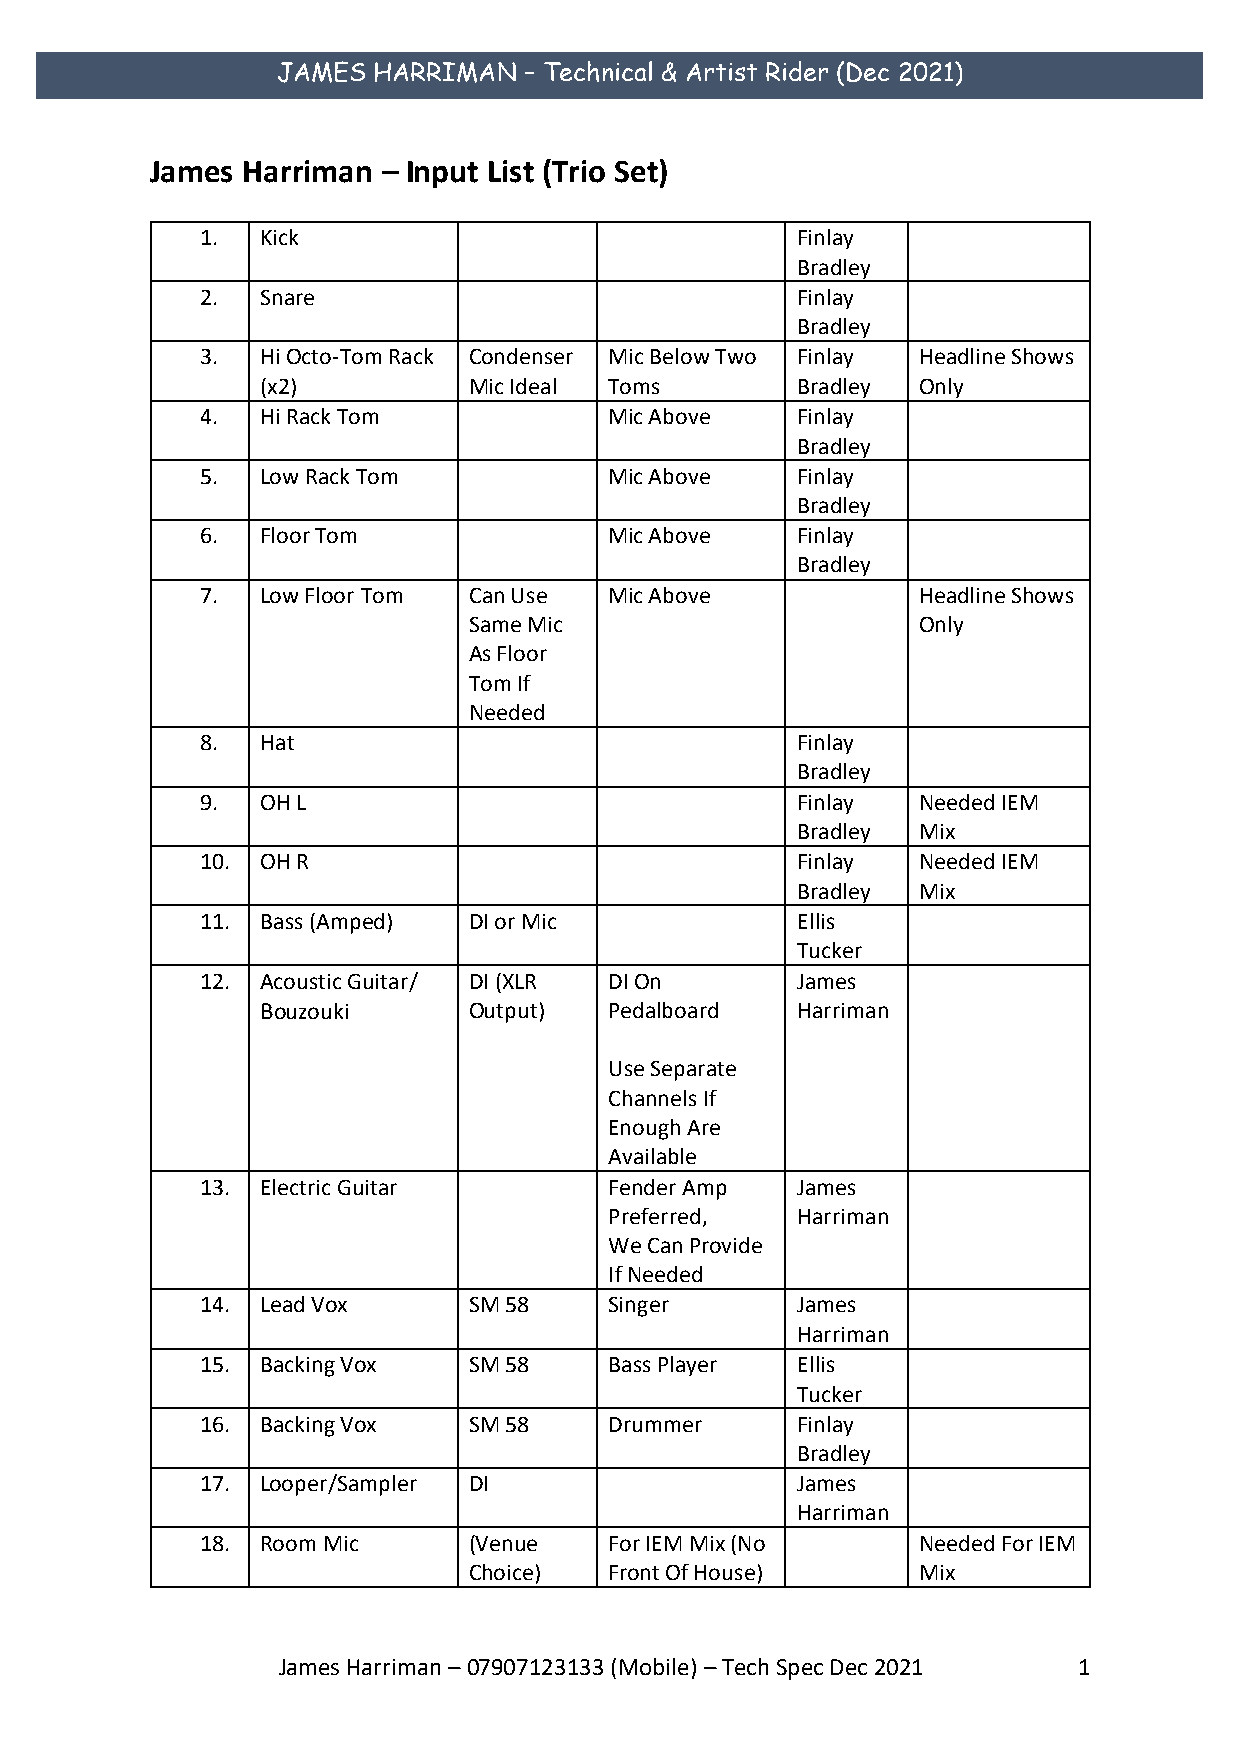
JAMES  HARRIMAN  – Technical & Artist Rider (Dec 2021)
 James Harriman – Input List (Trio Set)
 1.  Kick                                Finlay
 .
 Bradley
 2.  Snare                               Finlay
 Bradley
 3.  Hi Octo-Tom Rack Condenser Mic Below Two Finlay Headline Shows
 (x2)          Mic Ideal Toms        Bradley Only
 4.  Hi Rack Tom            Mic Above    Finlay
 Bradley
 5.  Low Rack Tom           Mic Above    Finlay
 Bradley
 6.  Floor Tom              Mic Above    Finlay
 Bradley
 7.  Low Floor Tom Can Use  Mic Above            Headline Shows
 Same Mic                      Only
 As Floor
 Tom If
 Needed
 8.  Hat                                 Finlay
 Bradley
 9.  OH L                                Finlay  Needed IEM
 Bradley Mix
 10. OH R                                Finlay  Needed IEM
 Bradley Mix
 11. Bass (Amped)  DI or Mic             Ellis
 Tucker
 12. Acoustic Guitar/ DI (XLR DI On      James
 Bouzouki      Output)  Pedalboard   Harriman
 Use Separate
 Channels If
 Enough Are
 Available
 13. Electric Guitar        Fender Amp   James
 Preferred,   Harriman
 We Can Provide
 If Needed
 14. Lead Vox      SM 58    Singer       James
 Harriman
 15. Backing Vox   SM 58    Bass Player  Ellis
 Tucker
 16. Backing Vox   SM 58    Drummer      Finlay
 Bradley
 17. Looper/Sampler DI                   James
 Harriman
 18. Room Mic      (Venue   For IEM Mix (No      Needed For IEM
 Choice)  Front Of House)      Mix
 James Harriman – 07907123133 (Mobile) – Tech Spec Dec 2021 1